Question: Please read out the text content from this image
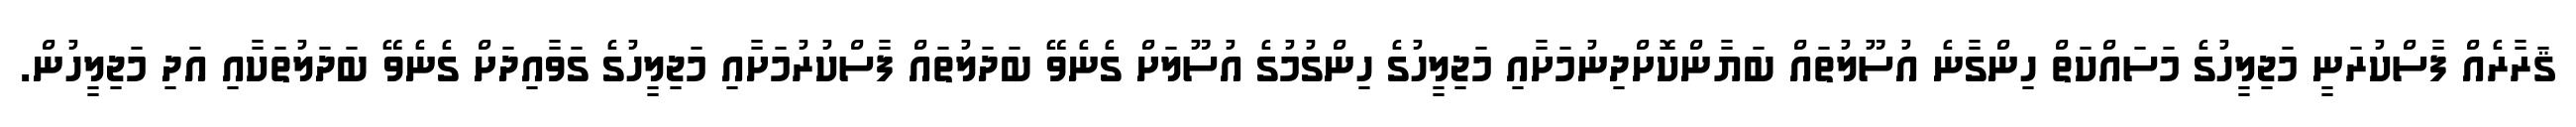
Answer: ޤަރާރެއް ފާސްކުރަނީ މަޖިލީހުގެ މަސައްކަތް ހިންގާނެ އުސޫލުތައް ބަޔާންކޮށްދިނުމަށާއި މަޖިލީހުގެ ހިންގުމުގެ އުސޫލަށް ގެނެވޭ ބަދަލުތައް ފާސްކުރުމަށާއި މަޖިލީހުގެ ގަވާއިދަށް ގެނެވޭ ބަދަލުތަކާއި އަދި މަޖިލީހުން.